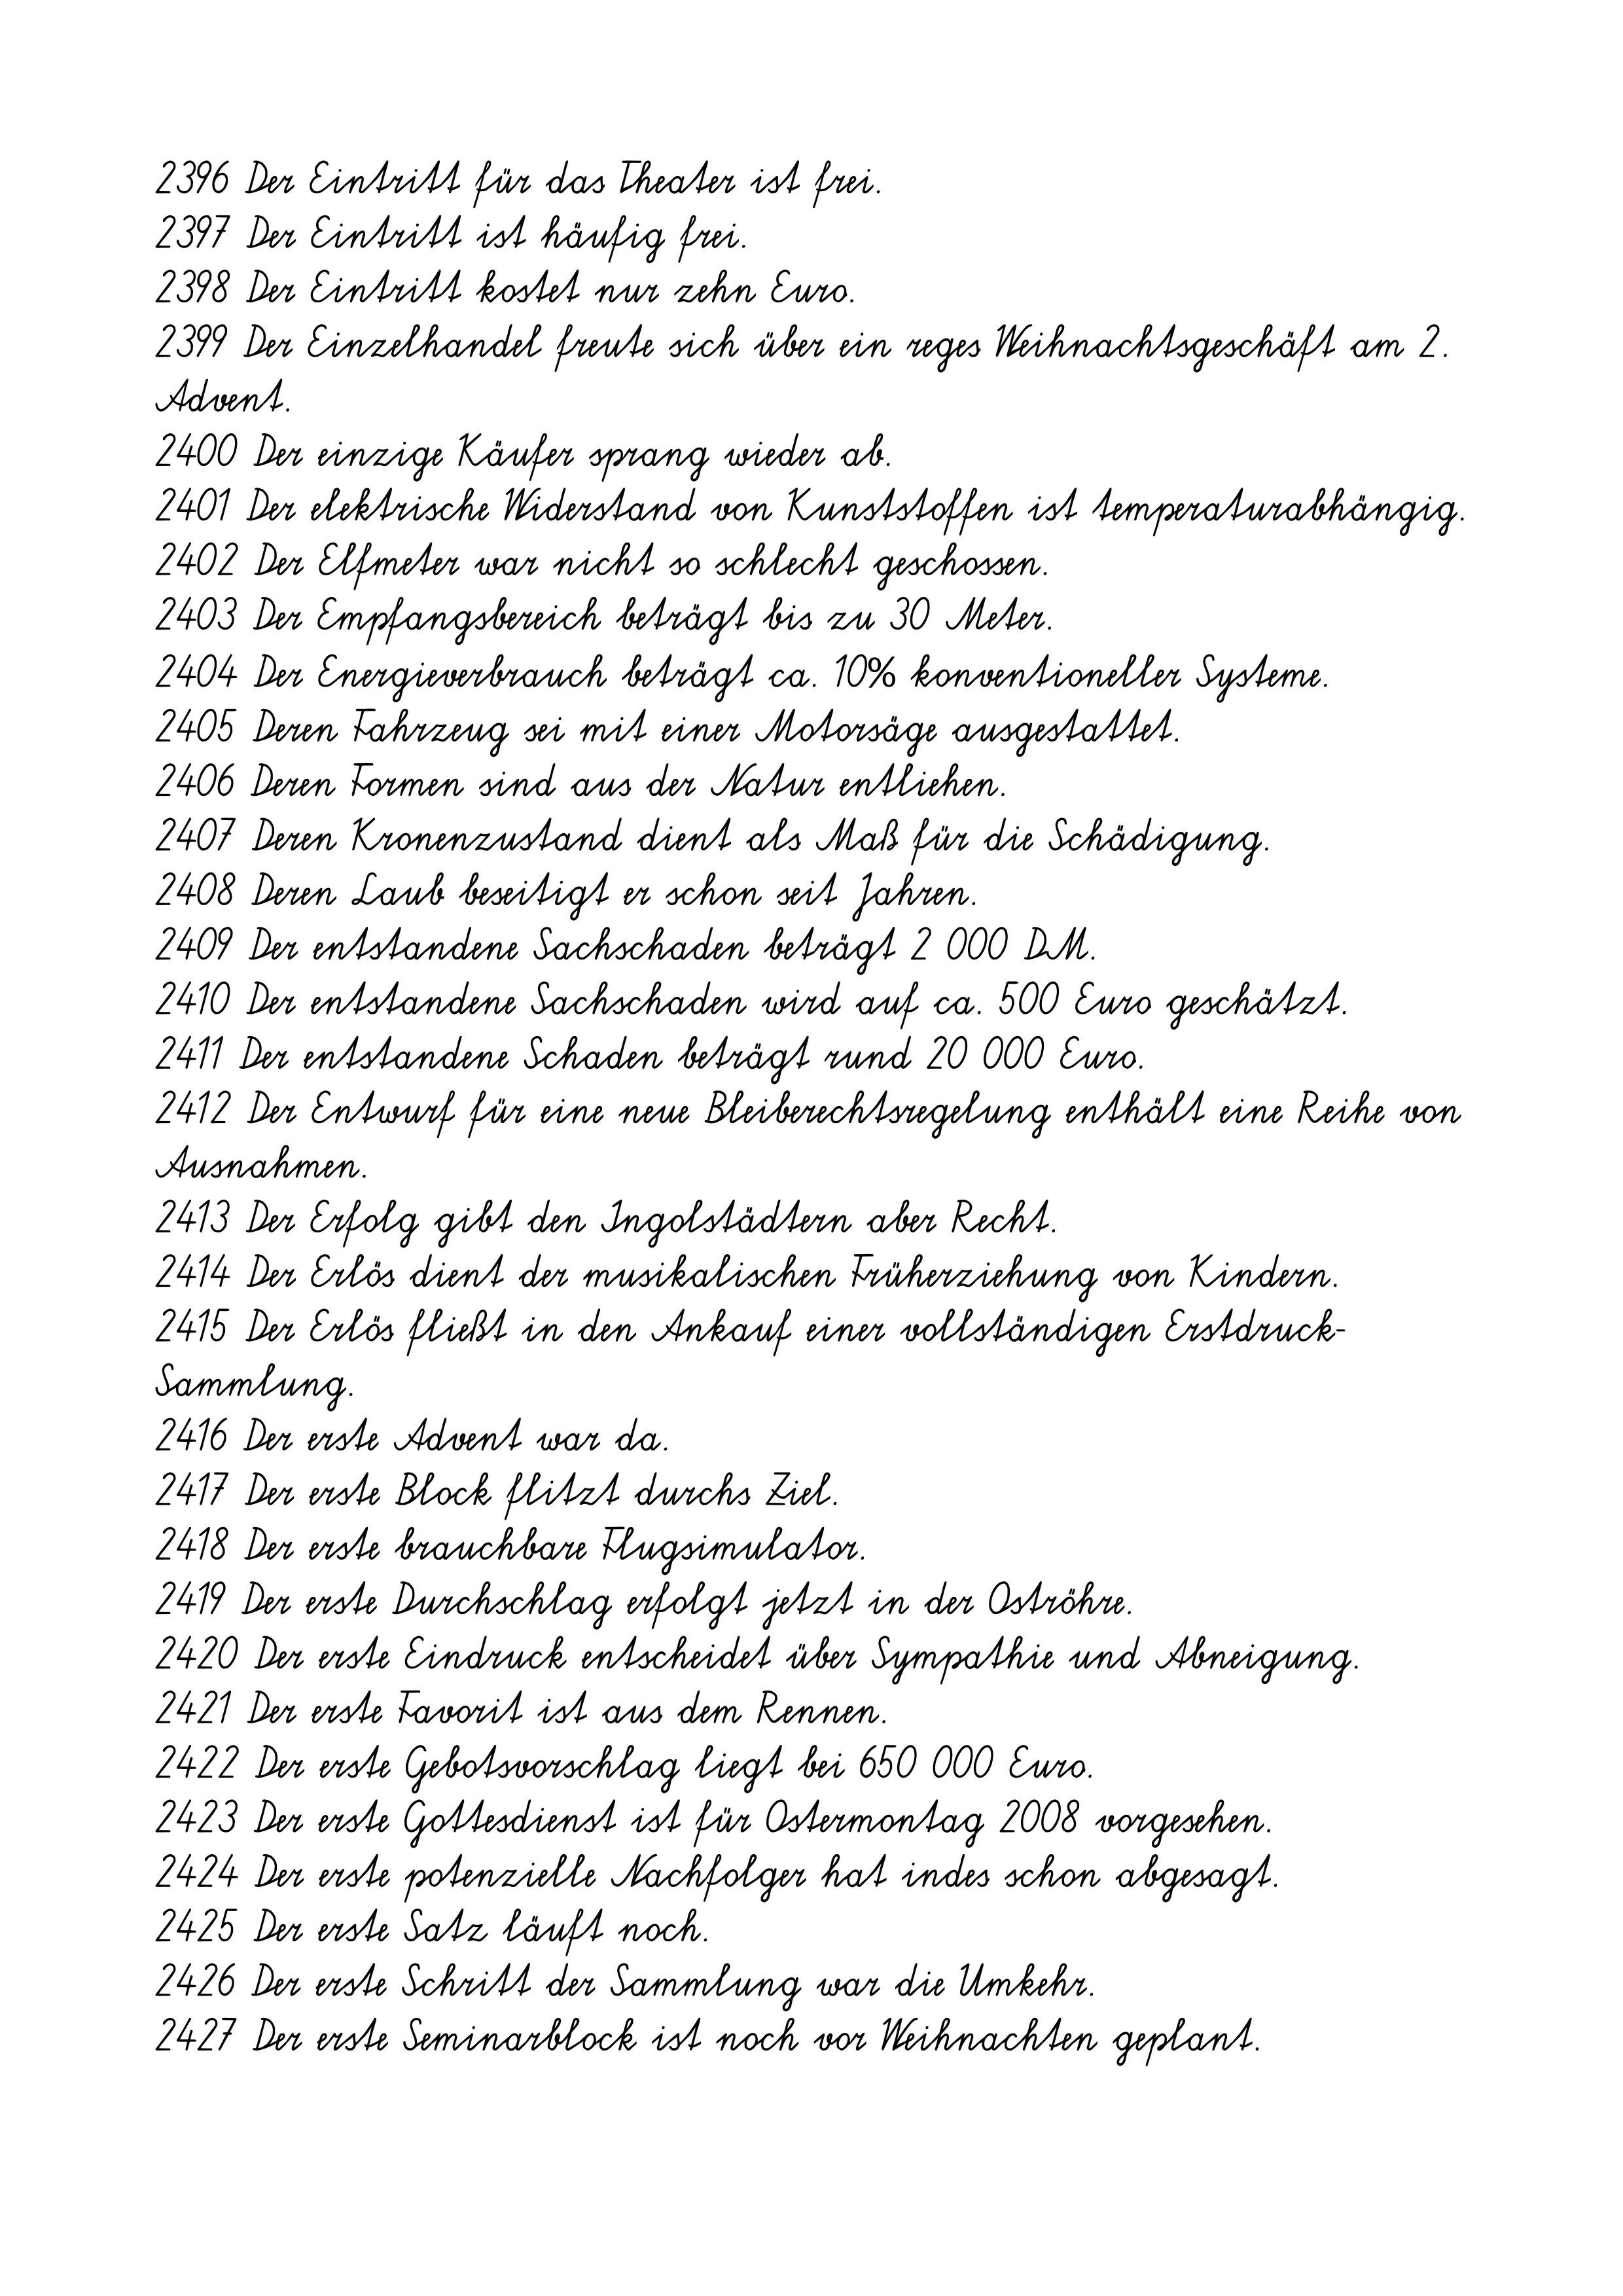
2396 Der Eintritt für das Theater ist frei.
2397 Der Eintritt ist häufig frei.
2398 Der Eintritt kostet nur zehn Euro.
2399 Der Einzelhandel freute sich über ein reges Weihnachtsgeschäft am 2.
Advent.
2400 Der einzige Käufer sprang wieder ab.
2401 Der elektrische Widerstand von Kunststoffen ist temperaturabhängig.
2402 Der Elfmeter war nicht so schlecht geschossen.
2403 Der Empfangsbereich beträgt bis zu 30 Meter.
2404 Der Energieverbrauch beträgt ca. 10% konventioneller Systeme.
2405 Deren Fahrzeug sei mit einer Motorsäge ausgestattet.
2406 Deren Formen sind aus der Natur entliehen.
2407 Deren Kronenzustand dient als Maß für die Schädigung.
2408 Deren Laub beseitigt er schon seit Jahren.
2409 Der entstandene Sachschaden beträgt 2 000 DM.
2410 Der entstandene Sachschaden wird auf ca. 500 Euro geschätzt.
2411 Der entstandene Schaden beträgt rund 20 000 Euro.
2412 Der Entwurf für eine neue Bleiberechtsregelung enthält eine Reihe von
Ausnahmen.
2413 Der Erfolg gibt den Ingolstädtern aber Recht.
2414 Der Erlös dient der musikalischen Früherziehung von Kindern.
2415 Der Erlös fließt in den Ankauf einer vollständigen Erstdruck-
Sammlung.
2416 Der erste Advent war da.
2417 Der erste Block flitzt durchs Ziel.
2418 Der erste brauchbare Flugsimulator.
2419 Der erste Durchschlag erfolgt jetzt in der Oströhre.
2420 Der erste Eindruck entscheidet über Sympathie und Abneigung.
2421 Der erste Favorit ist aus dem Rennen.
2422 Der erste Gebotsvorschlag liegt bei 650 000 Euro.
2423 Der erste Gottesdienst ist für Ostermontag 2008 vorgesehen.
2424 Der erste potenzielle Nachfolger hat indes schon abgesagt.
2425 Der erste Satz läuft noch.
2426 Der erste Schritt der Sammlung war die Umkehr.
2427 Der erste Seminarblock ist noch vor Weihnachten geplant.